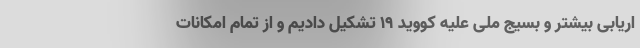
اریابی بیشتر و بسیج ملی علیه کووید 19 تشکیل دادیم و از تمام امکانات